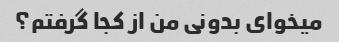
میخوای بدونی من از کجا گرفتم؟